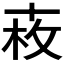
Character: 𠦩